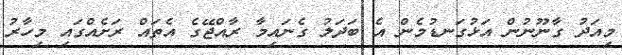
މިއަދު ގާނޫނުން އަޅުގަނޑުމެން އެ ބަދަލު ގެނައިމާ ރާއްޖޭގެ އެތައް ރަށެއްގައި މިހާރު